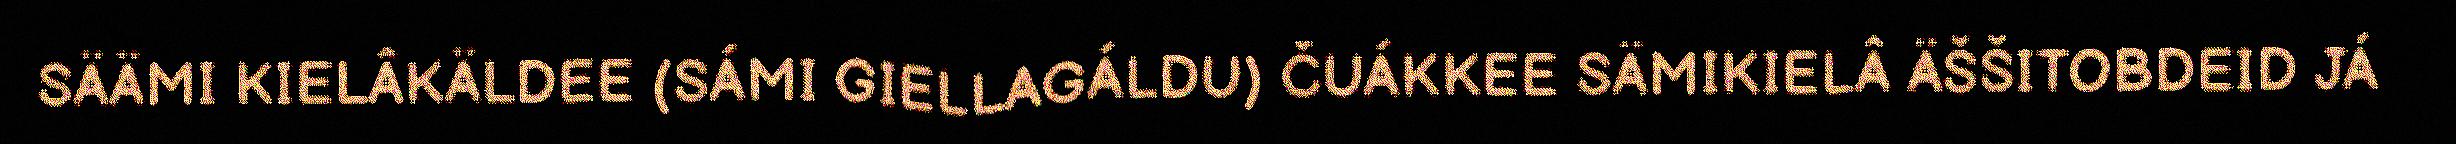
SÄÄMI KIELÂKÄLDEE (SÁMI GIELLAGÁLDU) ČUÁKKEE SÄMIKIELÂ ÄŠŠITOBDEID JÁ